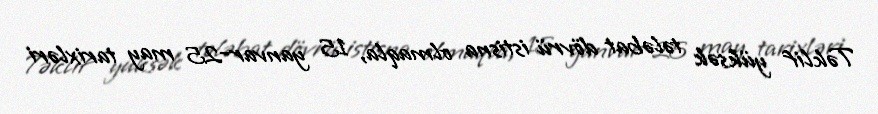
Təklif yüksək tələbat dövrü istisna olmaqla, 15 yanvar-25 may tarixləri